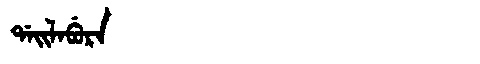
Manchu: ᡩᠠᡳᠯᠠᠪᡠᡵᠠ
Romanization: DAILABURA